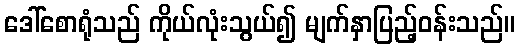
ဒေါ်စောရုံသည် ကိုယ်လုံးသွယ်၍ မျက်နှာပြည့်ဝန်းသည်။